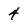
Character: 4